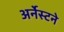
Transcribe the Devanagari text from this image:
अर्नेस्टने